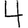
Digit: 4